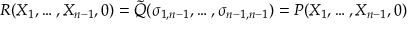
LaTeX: R ( X _ { 1 } , \ldots , X _ { n - 1 } , 0 ) = { \tilde { Q } } ( \sigma _ { 1 , n - 1 } , \ldots , \sigma _ { n - 1 , n - 1 } ) = P ( X _ { 1 } , \ldots , X _ { n - 1 } , 0 )